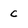
Character: C